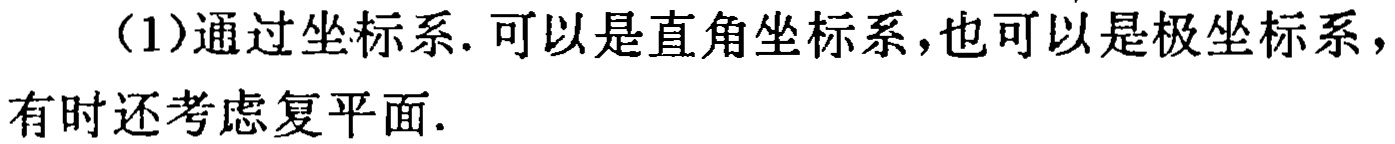
（1）通过坐标系. 可以是直角坐标系,也可以是极坐标系，有时还考虑复平面.